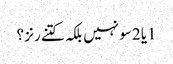
1یا 2سو نہیں بلکہ کتنے رنز ؟